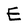
Character: E